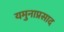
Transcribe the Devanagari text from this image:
यमुनाप्रसाद